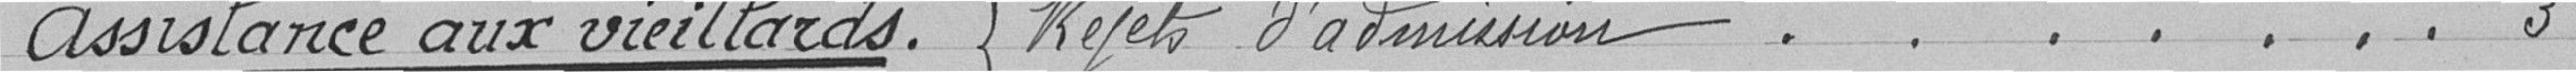
Assistance aux vieillards. Rejets d'admission ....... 3